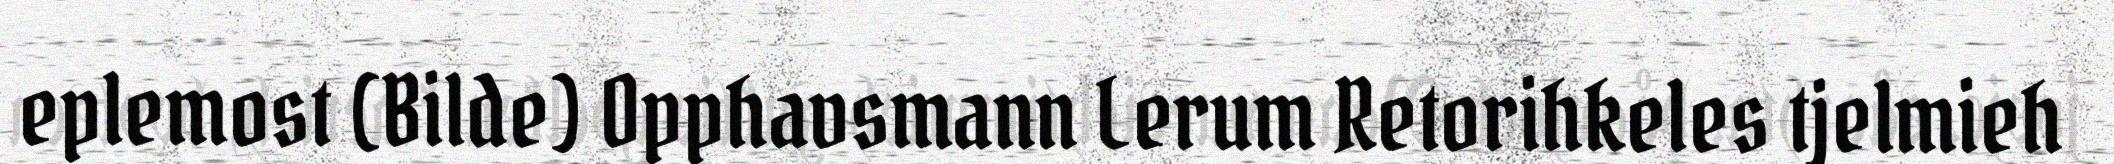
eplemost (Bilde) Opphavsmann Lerum Retorihkeles tjelmieh